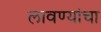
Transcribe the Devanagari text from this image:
लावण्यांचा